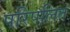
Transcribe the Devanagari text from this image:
परिपलित